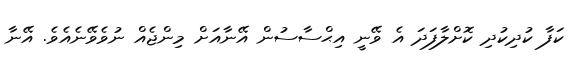
ކަފާ ކުދިކުދި ކޮށްލާފަދަ އެ ވޭނީ އިޙްސާސުން އޭނާއަށް މިންޖެއް ނުވެވޭނެއެވެ. އޭނާ